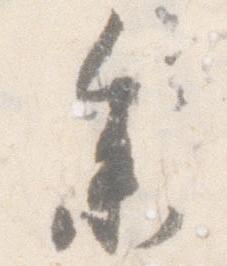
参